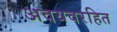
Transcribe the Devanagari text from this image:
अवयवरहित